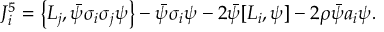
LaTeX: J _ { i } ^ { 5 } = \left\{ L _ { j } , \bar { \psi } \sigma _ { i } \sigma _ { j } \psi \right\} - \bar { \psi } \sigma _ { i } \psi - 2 \bar { \psi } [ L _ { i } , \psi ] - 2 \rho \bar { \psi } a _ { i } \psi .